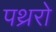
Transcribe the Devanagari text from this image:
पथ्ररो